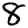
Digit: 8